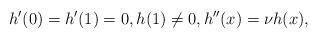
LaTeX: \begin{align*}h'(0)=h'(1)=0, h(1)\neq0, h''(x)=\nu h(x),\end{align*}